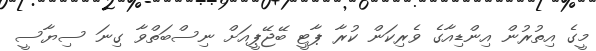
މީގެ އިތުރުން އިންޑިއާގެ ވެރިކަން ކުރާ ޕާޓީ ބޭޖޭޕީއަށް ނިސްބަތްވާ ގިނަ ސިޔާސީ